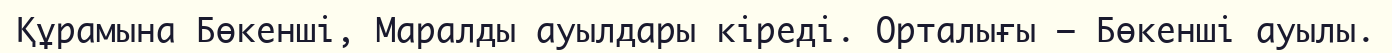
Құрамына Бөкенші, Маралды ауылдары кіреді. Орталығы – Бөкенші ауылы.